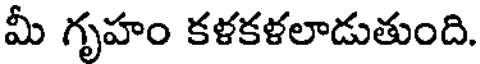
మీ గృహం కళకళలాడుతుంది.